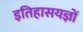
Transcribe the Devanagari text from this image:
इतिहासयज्ञों